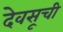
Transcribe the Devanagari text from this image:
देवसूची